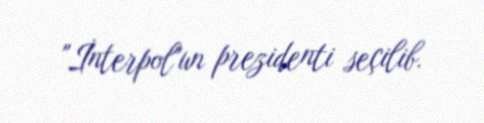
"İnterpol"un prezidenti seçilib.